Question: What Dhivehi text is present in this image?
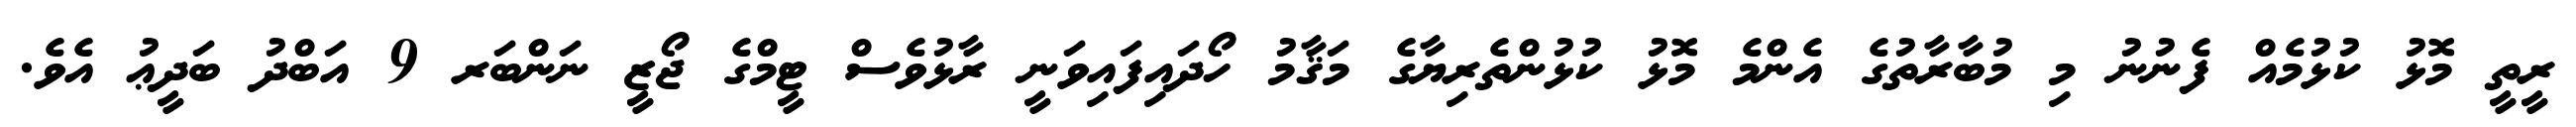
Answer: ރީތީ މޮޅު ކުޅުމެއް ފެނުނު މި މުބާރާތުގެ އެންމެ މޮޅު ކުޅުންތެރިޔާގެ މަޤާމު ހޯދައިފައިވަނީ ރާޅުވެސް ޓީމްގެ ޖޯޒީ ނަންބަރ 9 އަބްދު ބަދީޢު އެވެ.